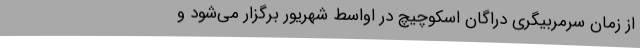
از زمان سرمربیگری دراگان اسکوچیچ در اواسط شهریور برگزار می‌شود و